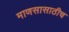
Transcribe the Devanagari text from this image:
माणसासाठीच